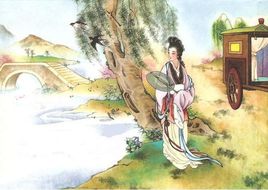
苏小门前柳万条，毵毵金线拂平桥。